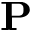
\textbf { P }